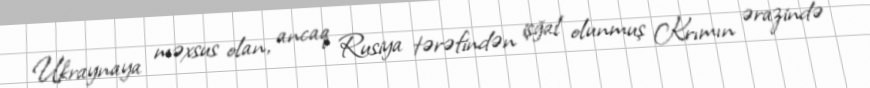
Ukraynaya məxsus olan, ancaq Rusiya tərəfindən işğal olunmuş Krımın ərazində